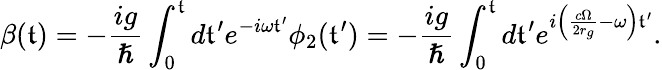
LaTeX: \beta(\mathfrak{t})=-\frac{{ig}}{{\hslash}}\int_{0}^{\mathfrak{t}}d\mathfrak{t}^{\prime}e^{-i\omega\mathfrak{t}^{\prime}}\phi_{2}(\mathfrak{t}^{\prime})=-\frac{{ig}}{{\hslash}}\int_{0}^{\mathfrak{t}}d\mathfrak{t}^{\prime}e^{i\left(\frac{{c\Omega}}{{2r_{g}}}-\omega\right)\mathfrak{t}^{\prime}}.